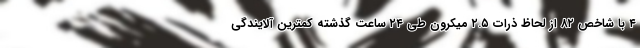
۴ با شاخص ۸۲ از لحاظ ذرات ۲.۵ میکرون طی ۲۴ ساعت گذشته کمترین آلایندگی